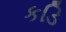
કડિ